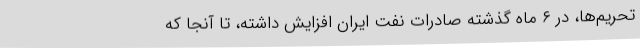
تحریم‌ها، در ۶ ماه گذشته صادرات نفت ایران افزایش داشته، تا آنجا که